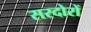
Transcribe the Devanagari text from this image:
सरदोरों